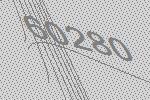
60280